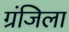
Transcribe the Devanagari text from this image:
ग्रंजिला